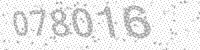
Solution: 078016